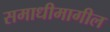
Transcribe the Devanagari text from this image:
समाधीमागील